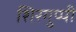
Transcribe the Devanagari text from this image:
शिरगुप्पी